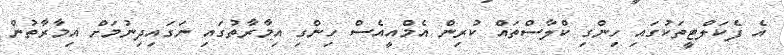
އެ ފެކަލްޓީތަކުގައި ހިންގި ކްލާސްތައް ކުރިން އެމްއީއެސް ހިންގި އިމާރާތުގައި ނަގައިދިނުމަށް އިމާރާތުން